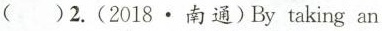
( )2.(2018· 南通)By taking an